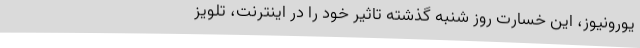
یورونیوز، این خسارت روز شنبه گذشته تاثیر خود را در اینترنت، تلویز